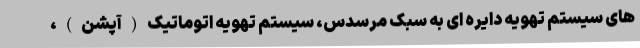
های سیستم تهویه دایره ای به سبک مرسدس، سیستم تهویه اتوماتیک(آپشن)،